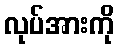
လုပ်အားကို